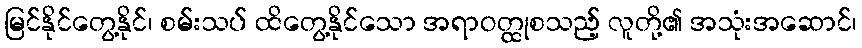
မြင်နိုင်တွေ့နိုင်၊ စမ်းသပ် ထိတွေ့နိုင်သော အရာဝတ္ထုစသည့် လူတို့၏ အသုံးအဆောင်၊